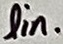
Text: lin.